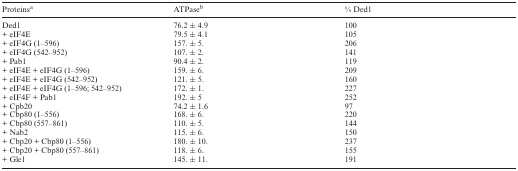
<table><thead><tr><td><b>Proteins<sup>a</sup></b></td><td><b>ATPase<sup>b</sup></b></td><td><b>% Ded1</b></td></tr></thead><tbody><tr><td>Ded1</td><td>76.2 ± 4.9</td><td>100</td></tr><tr><td>+ eIF4E</td><td>79.5 ± 4.1</td><td>105</td></tr><tr><td>+ eIF4G (1–596)</td><td>157. ± 5.</td><td>206</td></tr><tr><td>+ eIF4G (542–952)</td><td>107. ± 2.</td><td>141</td></tr><tr><td>+ Pab1</td><td>90.4 ± 2.</td><td>119</td></tr><tr><td>+ eIF4E + eIF4G (1–596)</td><td>159. ± 6.</td><td>209</td></tr><tr><td>+ eIF4E + eIF4G (542–952)</td><td>121. ± 5.</td><td>160</td></tr><tr><td>+ eIF4E + eIF4G (1–596; 542–952)</td><td>172. ± 1.</td><td>227</td></tr><tr><td>+ eIF4F + Pab1</td><td>192. ± 5</td><td>252</td></tr><tr><td>+ Cpb20</td><td>74.2 ± 1.6</td><td>97</td></tr><tr><td>+ Cbp80 (1–556)</td><td>168. ± 6.</td><td>220</td></tr><tr><td>+ Cbp80 (557–861)</td><td>110. ± 5.</td><td>144</td></tr><tr><td>+ Nab2</td><td>115. ± 6.</td><td>150</td></tr><tr><td>+ Cbp20 + Cbp80 (1–556)</td><td>180. ± 10.</td><td>237</td></tr><tr><td>+ Cbp20 + Cbp80 (557–861)</td><td>118. ± 6.</td><td>155</td></tr><tr><td>+ Gle1</td><td>145. ± 11.</td><td>191</td></tr></tbody></table>